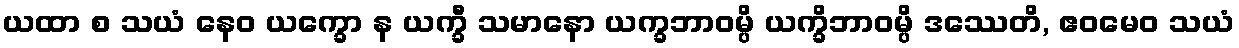
ယထာ စ သယံ နေဝ ယက္ခော န ယက္ခီ သမာနော ယက္ခဘာဝမ္ပိ ယက္ခိဘာဝမ္ပိ ဒဿေတိ, ဧဝမေဝ သယံ